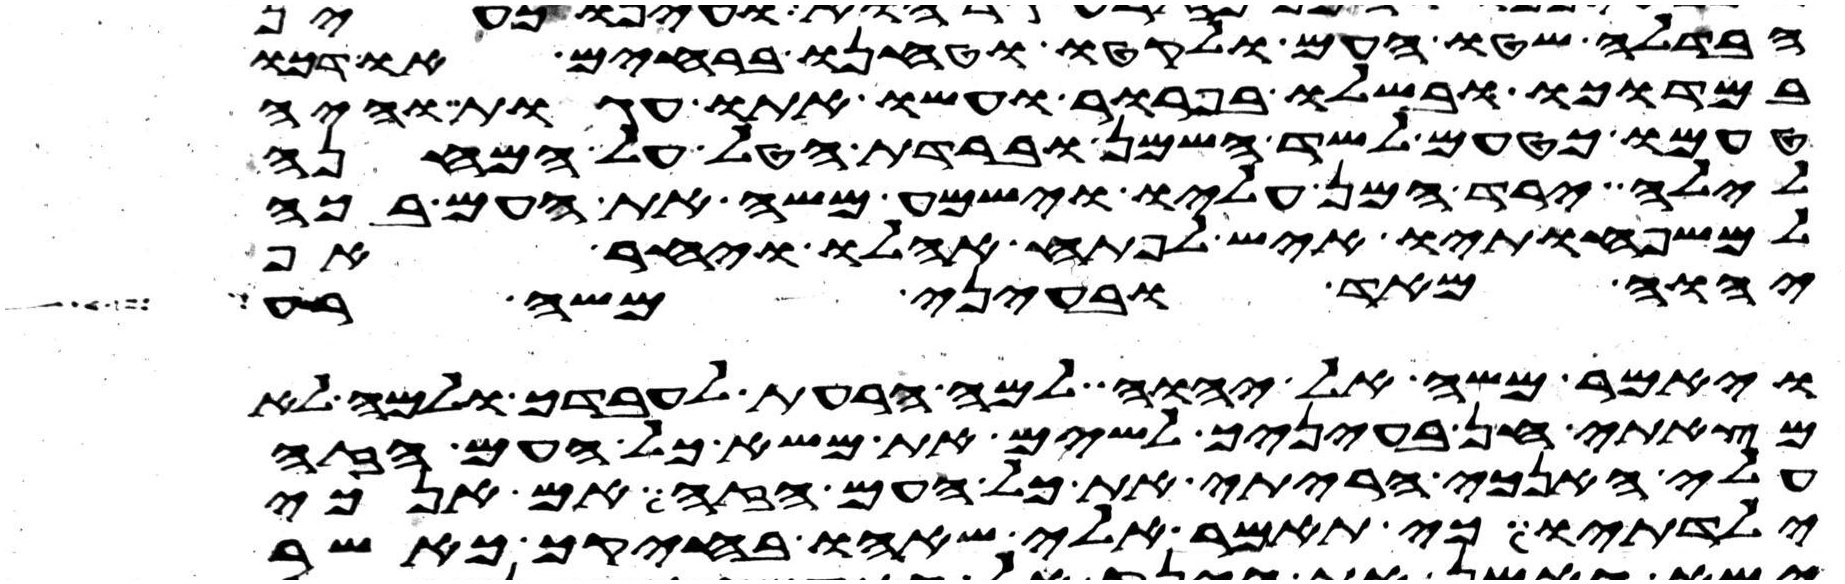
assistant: הבדלח שטו העם ולקטו וטחנו ברחים ודכו
במדוכה ובשלו בפרור ועשו אתו עגות והיה
טעמו כטעם לשד השמן וברדת הטל על המחנה
לילה ירד המן עליו וישמע משה את העם בכה
למשפחתיו איש לפתח אהלו ויחר אף
יהוה מאד ובעיני משה רע
ויאמר משה אל יהוה למה הרעת לעבדך ולמה לא
מצאתי חן בעיניך לשים את משא כל העם הזה
עלי האנכי הרתי את כל העם הזה אם אנכי
ילדתיו כי תאמר אלי שאהו בחיקך כאשר